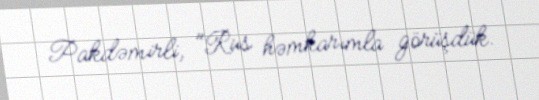
Pakdəmirli, "Rus həmkarımla görüşdük.